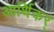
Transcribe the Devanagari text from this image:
आर्थिकर्